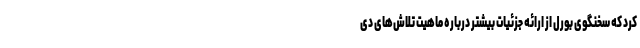
کرد که سخنگوی بورل از ارائه جزئیات بیشتر درباره ماهیت تلاش‌های دی